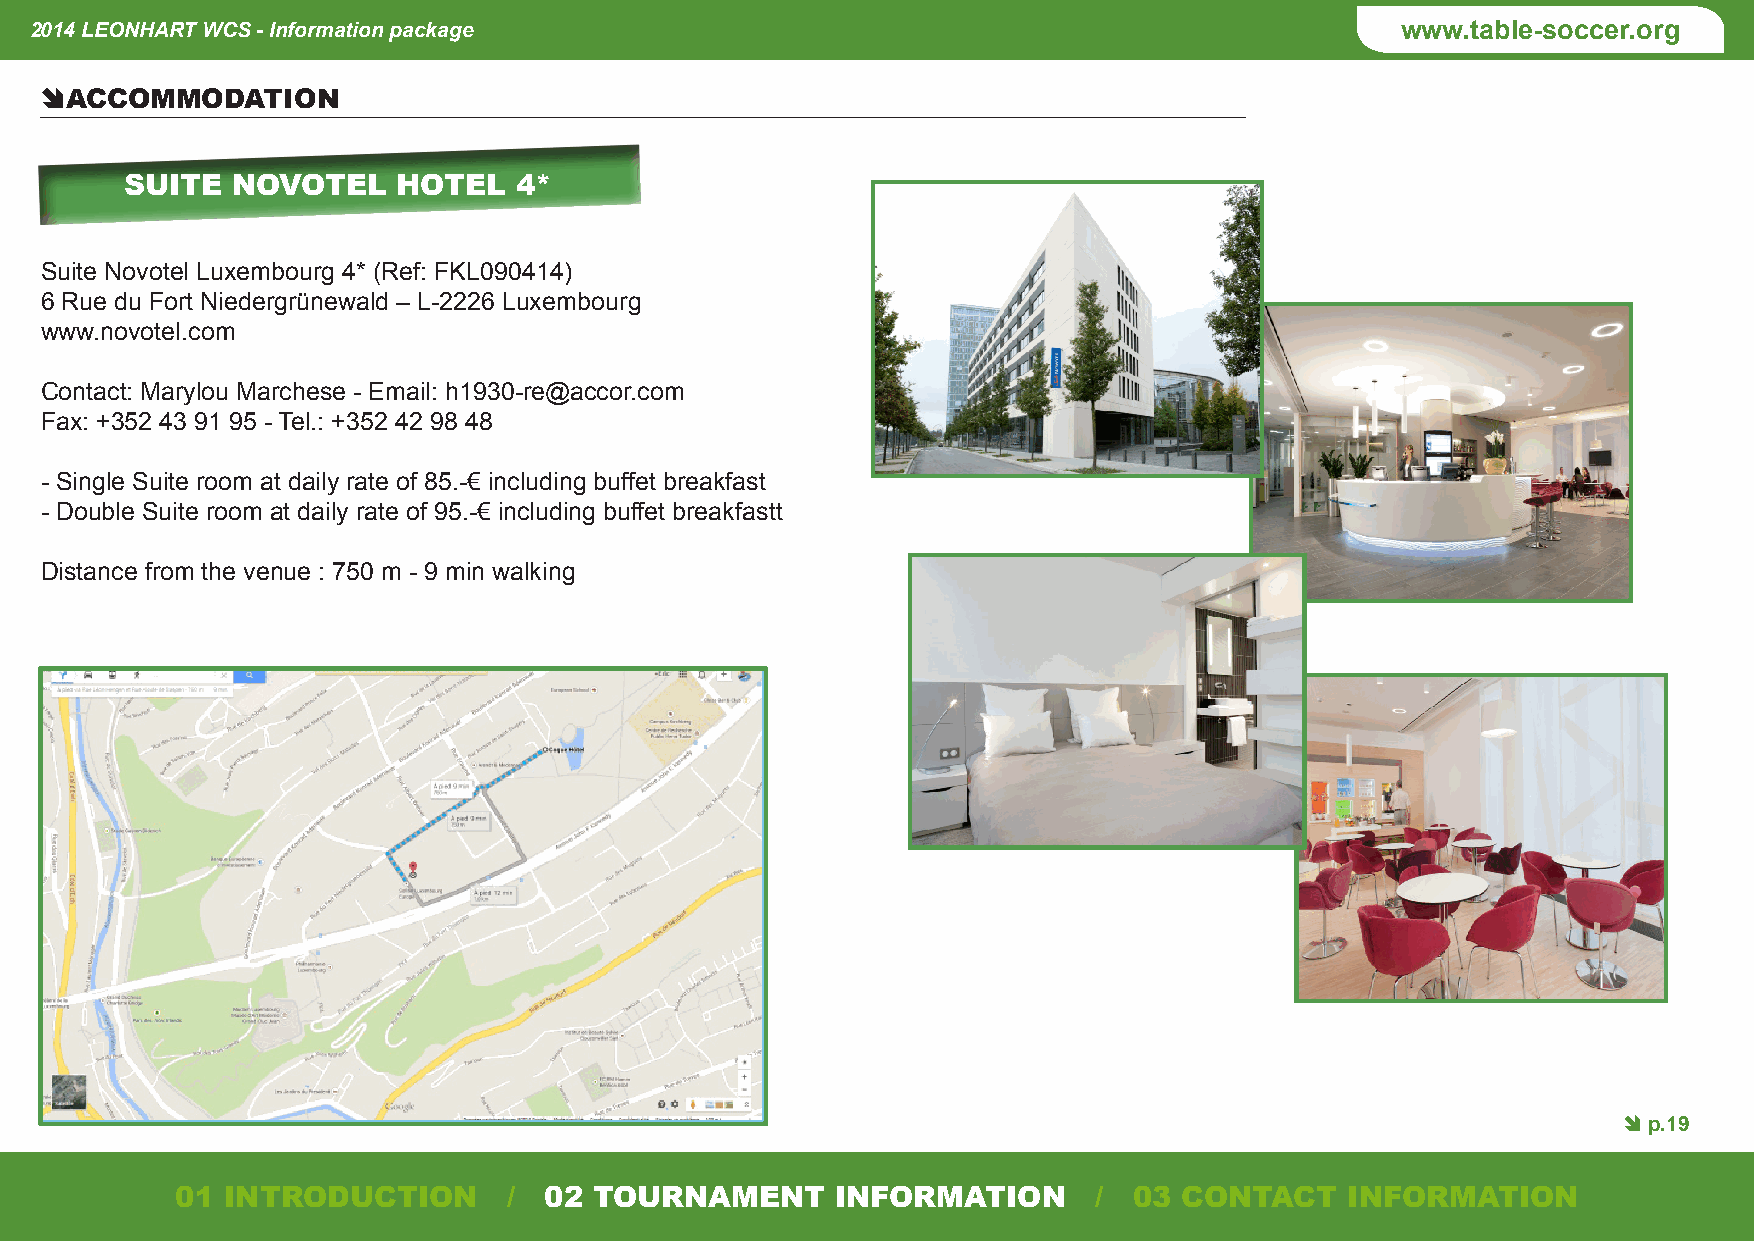
2014 LEONHART WCS - Information package                                                    www.table-soccer.org
 Ê ACCOMMODATION
 SUITE  NOVOTEL    HOTEL   4*
 Suite Novotel Luxembourg 4* (Ref: FKL090414)
 6 Rue du Fort Niedergrünewald – L-2226 Luxembourg
 www.novotel.com
 Contact: Marylou Marchese - Email: h1930-re@accor.com
 Fax: +352 43 91 95 - Tel.: +352 42 98 48
 - Single Suite room at daily rate of 85.-€ including buffet breakfast
 - Double Suite room at daily rate of 95.-€ including buffet breakfastt
 Distance from the venue : 750 m - 9 min walking
 Ê p.19
 01 INTRODUCTION / 02 TOURNAMENT INFORMATION / 03 CONTACT INFORMATION 01 INTRODUCTION / 02 TOURNAMENT INFORMATION / 03 CONTACT INFORMATION